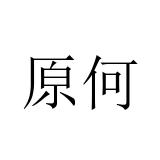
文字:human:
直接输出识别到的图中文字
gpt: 原何